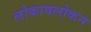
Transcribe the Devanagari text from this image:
लोकावलोकन